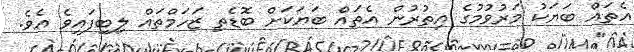
އެތައް ބަޔަކު މަރުވުމުގެ އިތުރުން އެތައް ބަޔަކަށް ބޮޑެތި ޒަހަމްތައް ލިބިފައިވެ އެވެ.